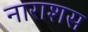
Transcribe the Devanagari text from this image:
नाराशस